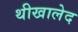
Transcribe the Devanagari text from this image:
थीखालेद